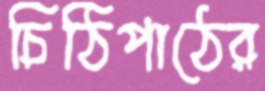
চিঠিপাঠের